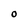
Character: O